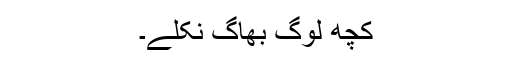
کچھ لوگ بھاگ نکلے۔